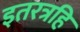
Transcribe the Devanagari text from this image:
इतरत्रहि